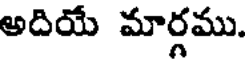
అదియే మార్గము.